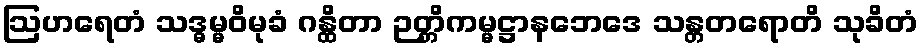
ဩဟရေတံ သဒ္ဓမ္မဝိမုခံ ဂန္ထိတာ ဉတ္တိကမ္မဋ္ဌာနဘေဒေ သန္တတရောတိ သုခိတံ